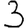
Digit: 3